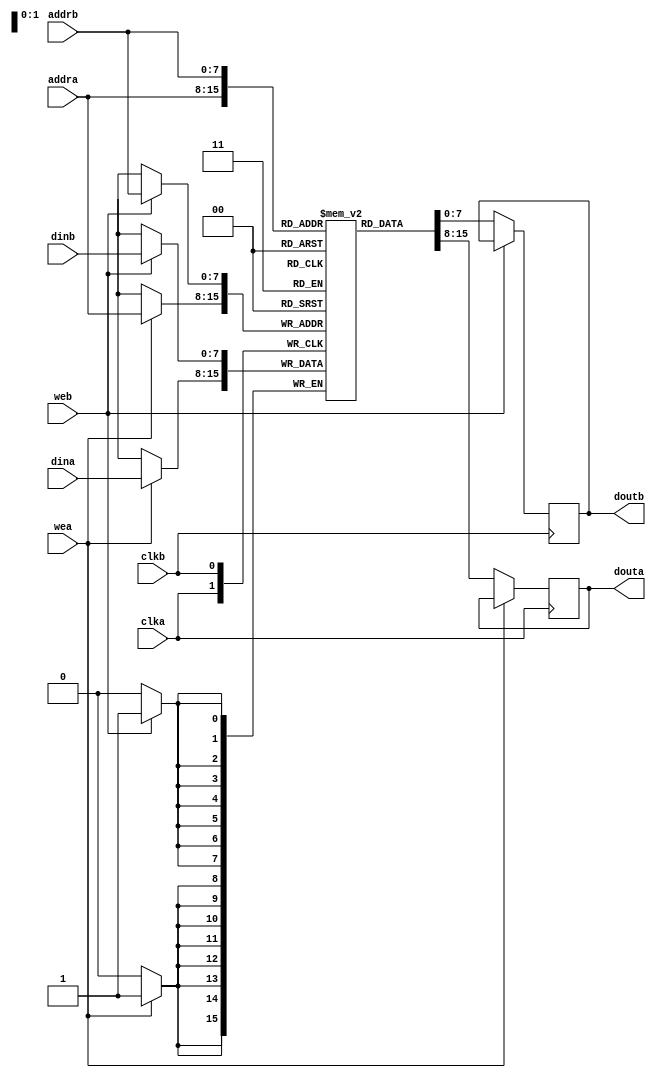
module bram_ture_dual_port
#(
    parameter C_ADDR_WIDTH  = 8,
    parameter C_DATA_WIDTH  = 8
)(
    input  wire                     clka    ,
    input  wire                     wea     ,
    input  wire [C_ADDR_WIDTH-1:0]  addra   ,
    input  wire [C_DATA_WIDTH-1:0]  dina    ,
    output reg  [C_DATA_WIDTH-1:0]  douta   ,
    input  wire                     clkb    ,
    input  wire                     web     ,
    input  wire [C_ADDR_WIDTH-1:0]  addrb   ,
    input  wire [C_DATA_WIDTH-1:0]  dinb    ,
    output reg  [C_DATA_WIDTH-1:0]  doutb   
);
//----------------------------------------------------------------------
localparam C_MEM_DEPTH = {C_ADDR_WIDTH{1'b1}};

reg     [C_DATA_WIDTH-1:0]      mem [C_MEM_DEPTH:0];
//integer                         i;

/*initial
begin
    for(i = 0;i <= C_MEM_DEPTH;i = i+1)
        mem[i] = 0;
end 
*/
always @(posedge clka)
begin
    if(wea == 1'b1)
        mem[addra] <= dina; 
    else
        douta <= mem[addra];
end

always @(posedge clkb)
begin
    if(web == 1'b1)
        mem[addrb] <= dinb; 
    else
        doutb <= mem[addrb];
end

endmodule